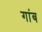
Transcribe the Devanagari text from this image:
गांब